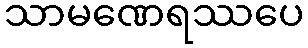
သာမဏေရဿပေ